Scottish Certificate of Education, 1963
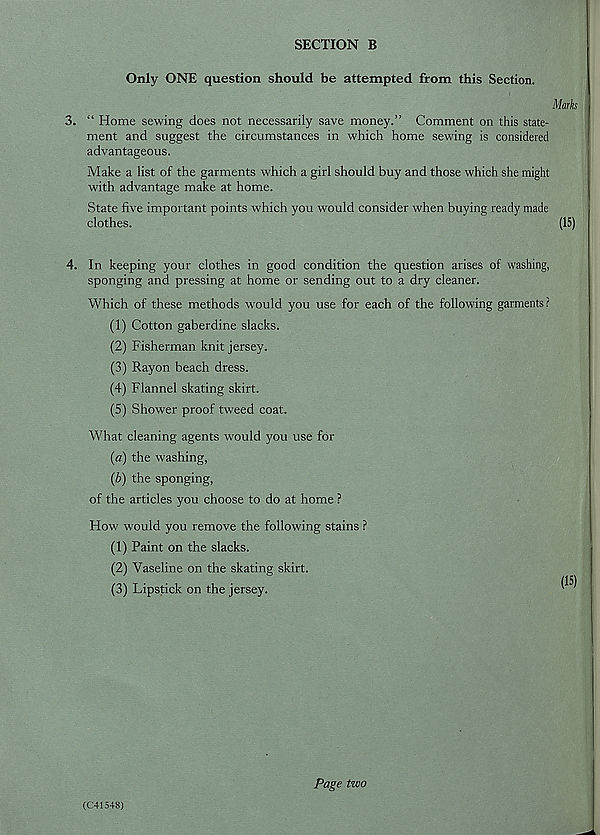
SECTION B
Only ONE question should be attempted from this Section.
Marks
3. “ Home sewing does not necessarily save money.” Comment on this state-
ment and suggest the circumstances in which home sewing is considered
advantageous.
Make a list of the garments which a girl should buy and those which she might
with advantage make at home.
State five important points which you would consider when buying ready made
clothes.
(15)
4. In keeping your clothes in good condition the question arises of washing,
sponging and pressing at home or sending out to a dry cleaner.
Which of these methods would you use for each of the following garments?
(1) Cotton gaberdine slacks.
(2) Fisherman knit jersey.
(3) Rayon beach dress.
(4) Flannel skating skirt.
(5) Shower proof tweed coat.
What cleaning agents would you use for
(a) the washing,
(b) the sponging,
of the articles you choose to do at home ?
How would you remove the following stains ?
(1) Paint on the slacks.
(2) Vaseline on the skating skirt.
(3) Lipstick on the jersey.
(15)
(C415+8)
Page two